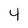
Character: y